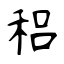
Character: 稆